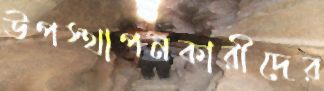
উপস্থাপনকারীদের